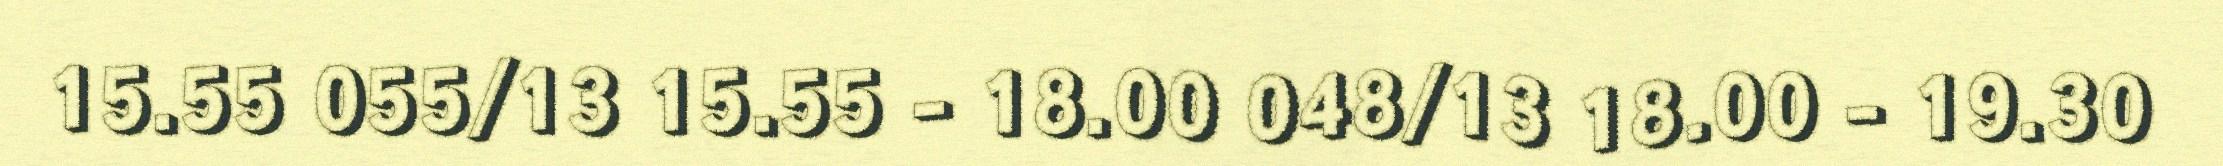
15.55 055/13 15.55 - 18.00 048/13 18.00 - 19.30